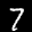
Label: 7